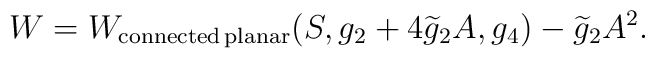
W = W_{{\rm connected\,planar}}(S,g_2+ 4 \widetilde{g}_2 A,g_4) - \widetilde{g}_2A^2.